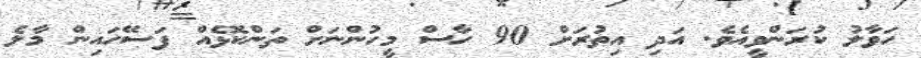
ހަވާލު ކުރަންވީއެވެ. އަދި އިތުރަށް 90 ހާސް މީހުންނަށް ތަންކޮޅެއް ފަސޭހައިން މާލެ